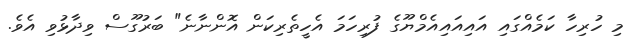
މި ހުރިހާ ކަމެއްގައި އައިއައިއެމްޔޫގެ ފުރިހަމަ އެހީތެރިކަން އޮންނާނެ" ބަރުގޫސް ވިދާޅުވި އެވެ.